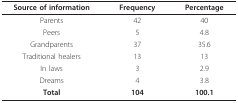
| Source of information | Frequency | Percentage |
 | --- | --- | --- |
 | Parents | 42 | 40 |
 | Peers | 5 | 4.8 |
 | Grandparents | 37 | 35.6 |
 | Traditional healers | 13 | 13 |
 | In laws | 3 | 2.9 |
 | Dreams | 4 | 3.8 |
 | Total | 104 | 100.1 |